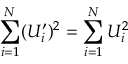
\sum _ { i = 1 } ^ { N } ( U _ { i } ^ { \prime } ) ^ { 2 } = \sum _ { i = 1 } ^ { N } U _ { i } ^ { 2 }